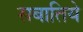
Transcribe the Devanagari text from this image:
सबातिये